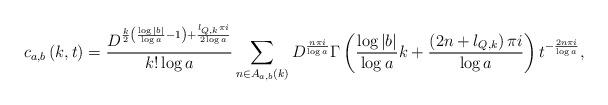
LaTeX: \begin{align*} c_{a,b}\left( k,t\right) =\frac{D^{\frac{k}{2}\left( \frac{\log |b|}{\log a}-1\right) +\frac{l_{Q,k}\pi i}{2\log a}}}{k!\log a}\sum\limits_{n\in A_{a,b}(k)}D^{\frac{n\pi i}{\log a}}\Gamma \left( \frac{\log |b|}{\log a}k+\frac{\left(2n+l_{Q,k}\right)\pi i}{\log a}\right) t^{-\frac{2n\pi i}{\log a}},\end{align*}